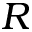
R